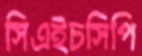
সিএইচসিপি